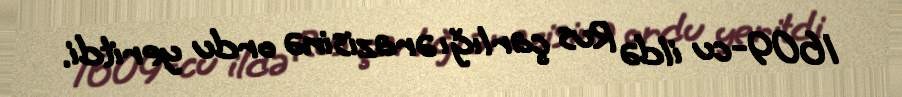
1609-cu ildə Rus çarlığı ərazisinə ordu yeritdi.